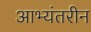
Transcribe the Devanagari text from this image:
आभ्यंतरीन